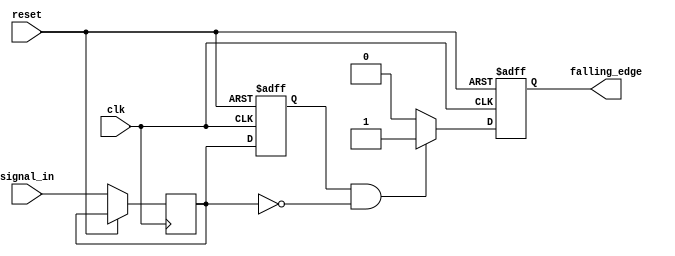
module falling_edge_detector (
    input wire clk,                // Clock signal
    input wire reset,              // Asynchronous reset signal
    input wire signal_in,          // Input signal to detect falling edge
    output reg falling_edge        // Falling edge detected output
);

    reg prev_state;                // Previous state of the input signal
    reg curr_state;                // Current state of the input signal

    // Asynchronous reset and sampling on the rising edge of the clock
    always @(posedge clk or posedge reset) begin
        if (reset) begin
            prev_state <= 1'b0;     // Initialize previous state to 0
            falling_edge <= 1'b0;   // Initialize falling edge output to 0
        end else begin
            // Sample current state
            curr_state <= signal_in;

            // Edge detection logic
            if (prev_state == 1'b1 && curr_state == 1'b0) begin
                falling_edge <= 1'b1; // Falling edge detected
            end else begin
                falling_edge <= 1'b0; // No falling edge detected
            end
            
            // Update previous state for the next clock cycle
            prev_state <= curr_state;
        end
    end

endmodule